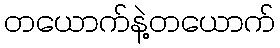
တယောက်နဲ့တယောက်